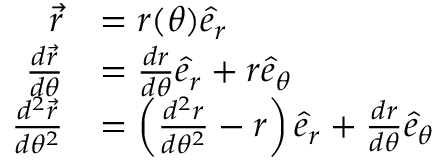
{ \begin{array} { r l } { { \vec { r } } } & { = r ( \theta ) { \hat { e } } _ { r } } \\ { { \frac { d { \vec { r } } } { d \theta } } } & { = { \frac { d r } { d \theta } } { \hat { e } } _ { r } + r { \hat { e } } _ { \theta } } \\ { { \frac { d ^ { 2 } { \vec { r } } } { d \theta ^ { 2 } } } } & { = \left( { \frac { d ^ { 2 } r } { d \theta ^ { 2 } } } - r \right) { \hat { e } } _ { r } + { \frac { d r } { d \theta } } { \hat { e } } _ { \theta } } \end{array} }